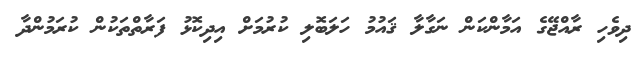
ދިވެހި ރާއްޖޭގެ އަމާންކަން ނަގާލާ ޤައުމު ހަލަބޮލި ކުރުމަށް އިދިކޮޅު ފަރާތްތަކުން ކުރަމުންދާ